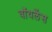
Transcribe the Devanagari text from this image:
वॉयलेंस